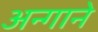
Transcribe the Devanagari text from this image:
अन्गाने